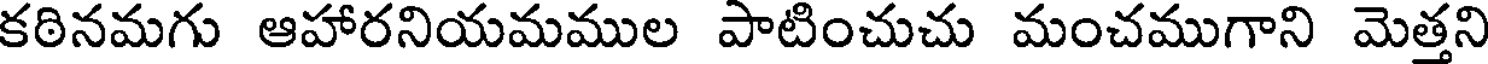
కఠినమగు ఆహారనియమముల పాటించుచు మంచముగాని మెత్తని